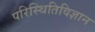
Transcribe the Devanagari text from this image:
परिस्थितिविज्ञान